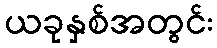
ယခုနှစ်အတွင်း